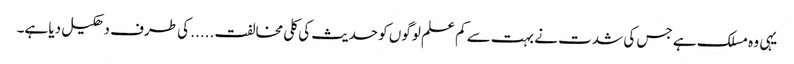
یہی وہ مسلک ہے جس کی شدت نے بہت سے کم علم لوگوں کو حدیث کی کلی مخالفت ..... کی طرف دھکیل دیا ہے۔